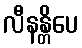
လီနန္တိပေ